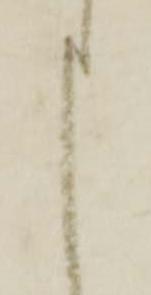
申